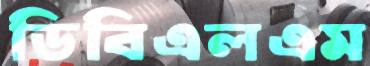
ডিবিএলএম